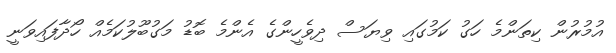
އުމުރުން ކިތަންމެ ހަގު ކަމުގައި ވިޔަސް ދިވެހީންގެ އެންމެ ބޮޑު މަގުބޫލުކަމެއް ހޯދާފައިވަނީ